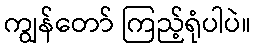
ကျွန်တော် ကြည့်ရုံပါပဲ။